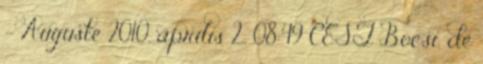
– Auguste 2010. április 2., 08:49 CEST Bocsi, de